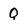
Character: Q